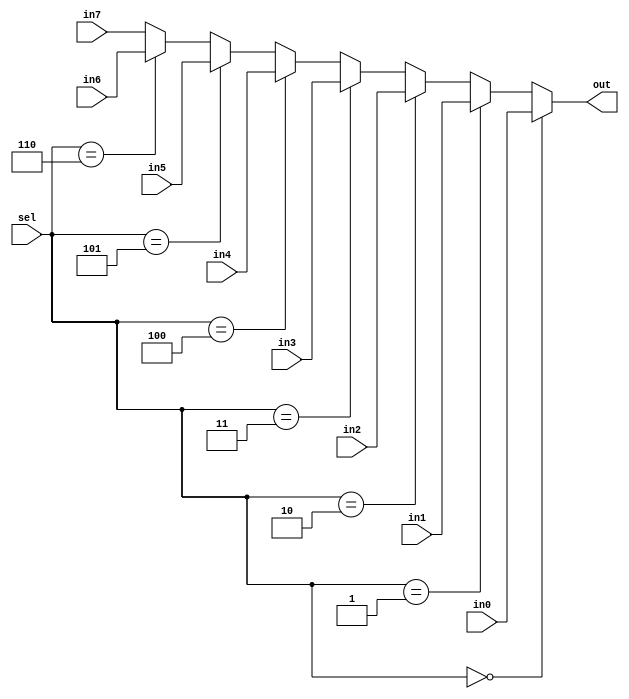
/*
 * Antonio Aguilar
 * Mux 8 a 1 comportamental
*/

module mux81c(input in0, in1, in2, in3, in4, in5, in6, in7, input[2:0] sel, output reg out);
	always @(sel)
	begin
		if (sel == 0)
			out = in0;
		else if (sel == 1)
			out = in1;
		else if (sel == 2)
			out = in2;
		else if (sel == 3)
			out = in3;
		else if (sel == 4)
			out = in4;
		else if (sel == 5)
			out = in5;
		else if (sel == 6)
			out = in6;
		else
			out = in7;
	end

//	always @(sel)
//	begin
//		case (sel)
//			0: out = in0;
//			1: out = in1;
//			2: out = in2;
//			3: out = in3;
//			4: out = in4;
//			5: out = in5;
//			6: out = in6;
//			7: out = in7;
//		endcase
//	end
endmodule